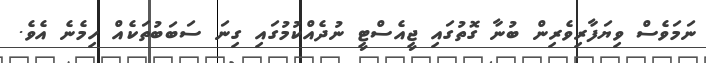
ނަމަވެސް ވިޔަފާރިވެރިން ބުނާ ގޮތުގައި ޖީއެސްޓީ ނުދެއްކުމުގައި ގިނަ ސަބަބުތަކެއް ހިމެނެ އެވެ.